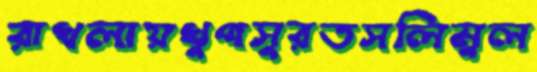
রাখলায়খুপসুরতসলিমুল